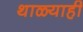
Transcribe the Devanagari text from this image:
थाळ्याही